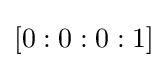
[0:0:0:1]